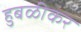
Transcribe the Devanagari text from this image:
हुबळीकर